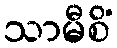
သာမီစိံ